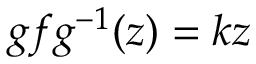
g f g ^ { - 1 } ( z ) = k z